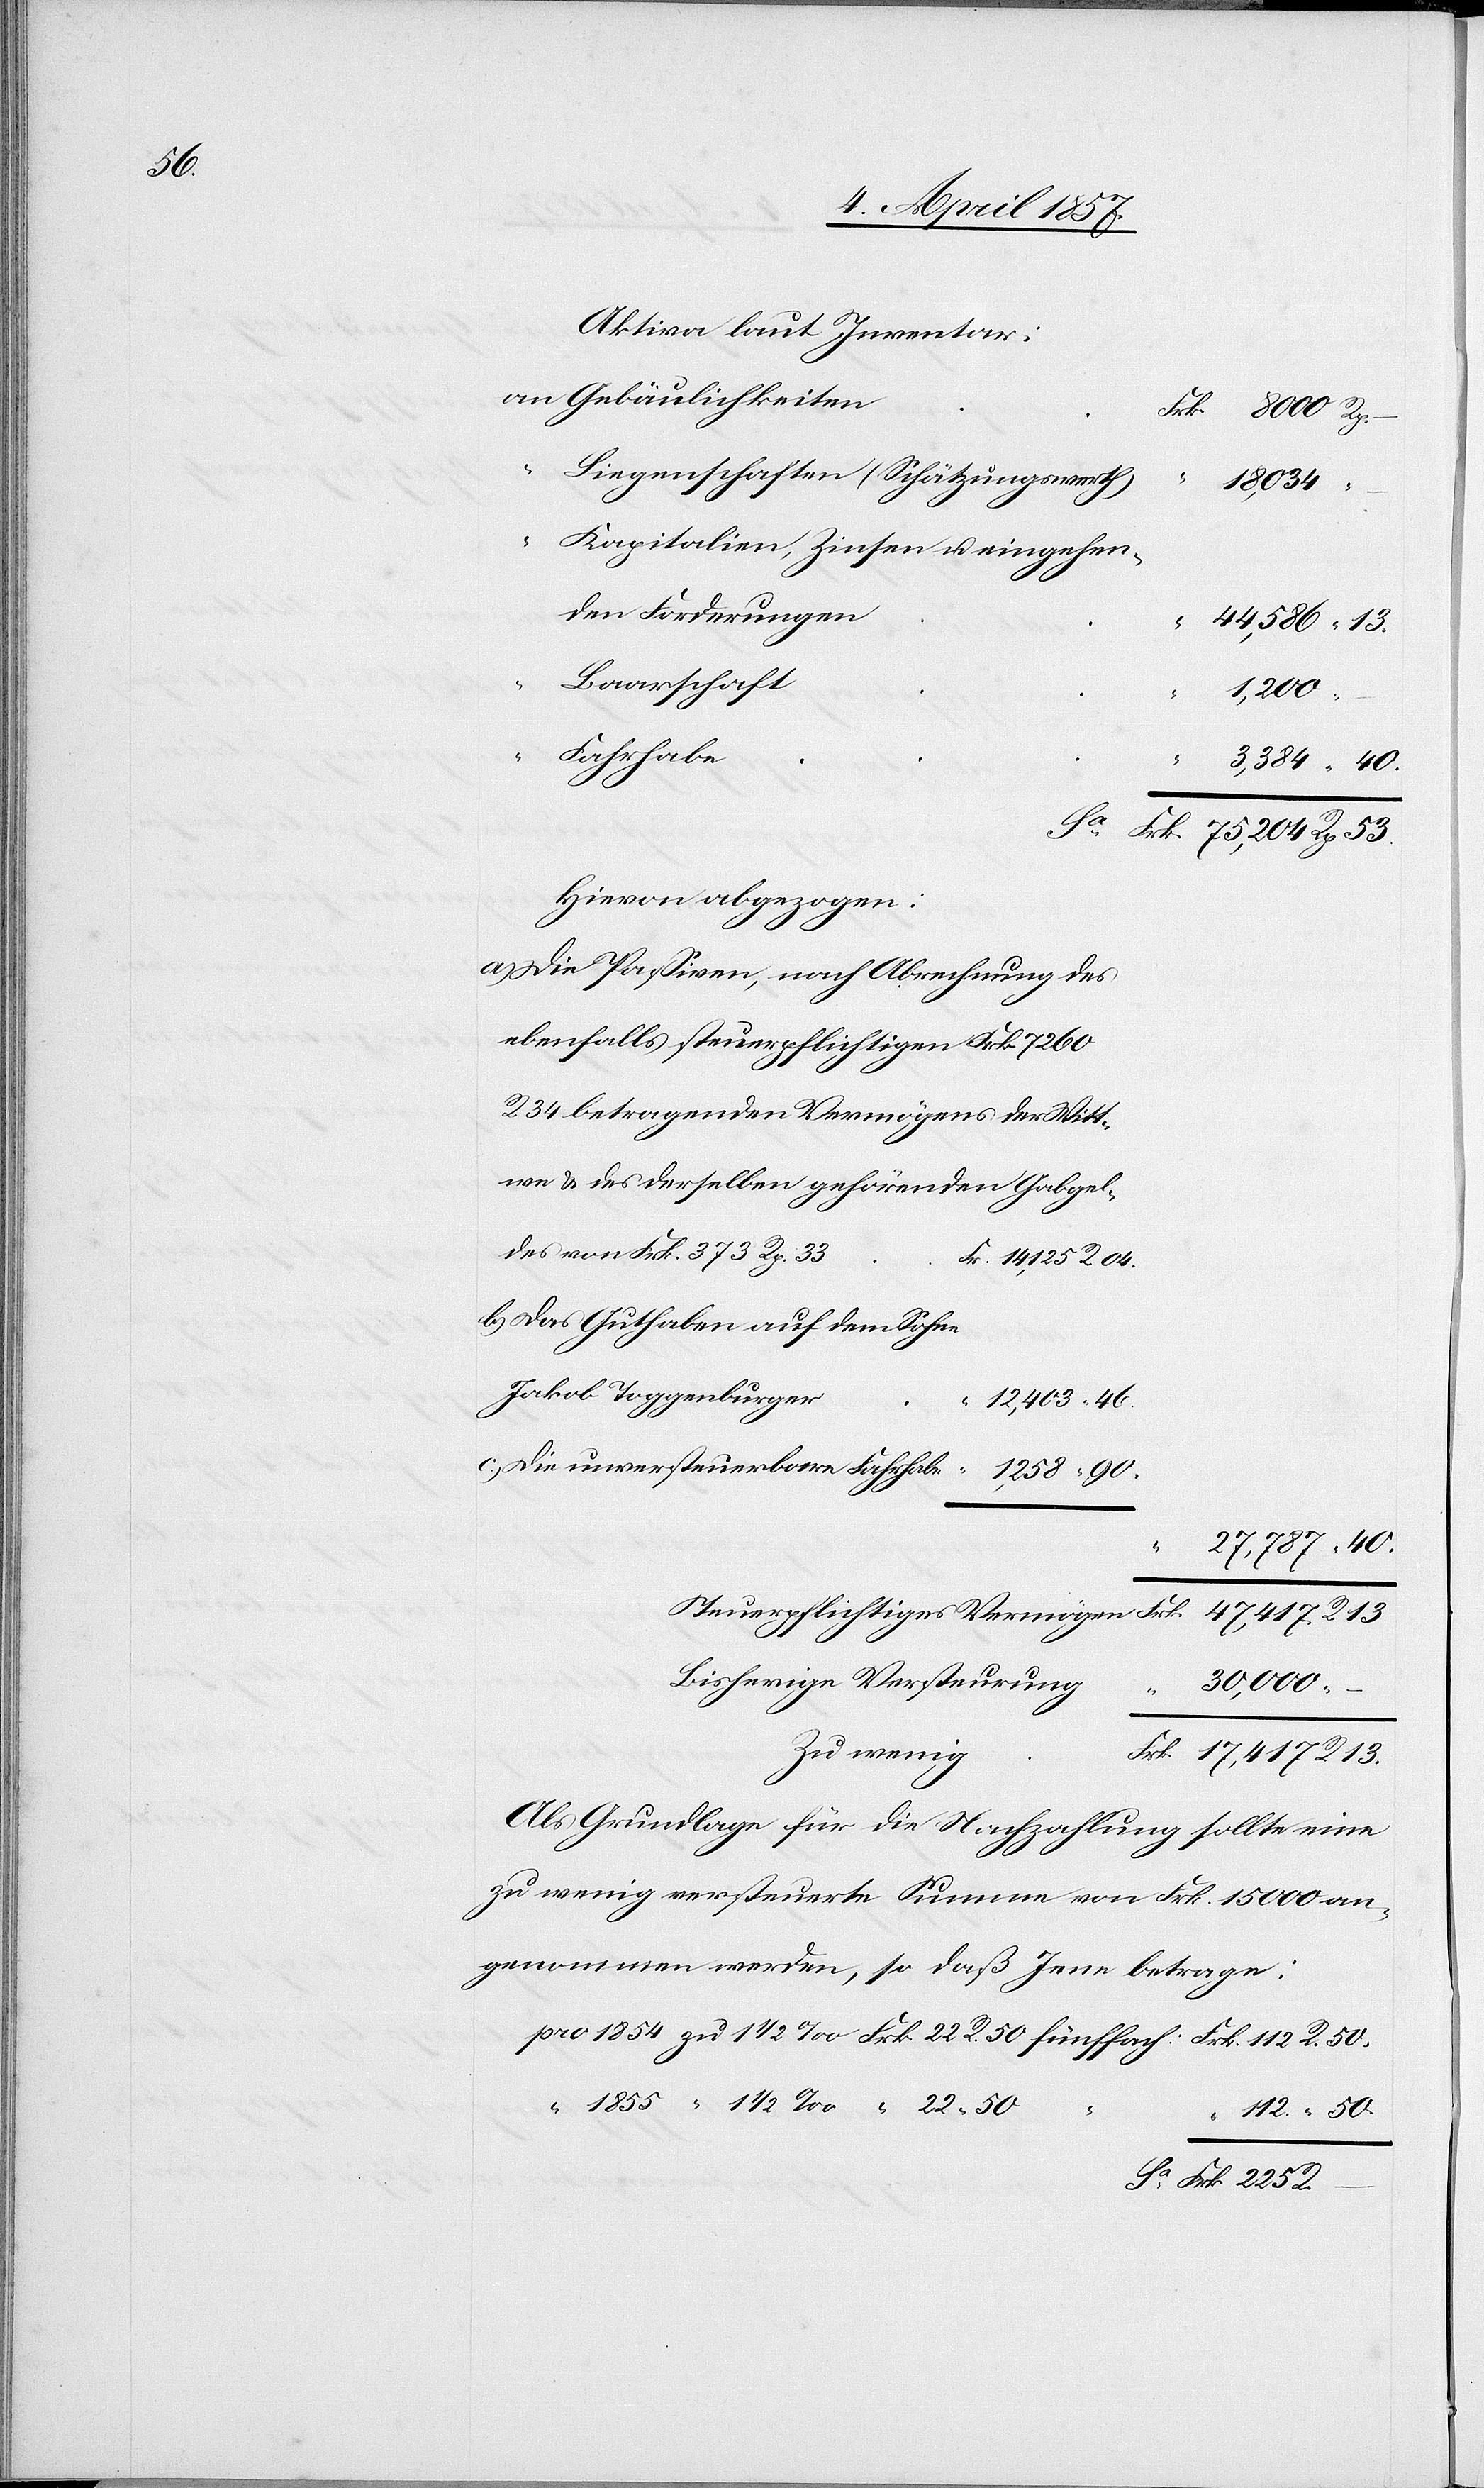
53.

Aktiva laut Inventar:
Gebäulichkeiten
Liegenschaften (Schätzungswerth)
–
112
Kapitalien, Zinsen u. eingehen¬
den Forderungen
Baarschaft
17,417
–
Fahrhabe
1
Hievon abgezogen:
a)
Die Passiven, nach Abrechnung des
ebenfalls steuerpflichtigen Frk. 7260
R. 34 betragenden Vermögens der Witt¬
we & des derselben gehörenden Gabgel¬
des von Frk. 373 Rp. 33
Frk.
Das Guthaben auf dem Sohne
Jakob Toggenburger
R.
Bisherige Versteurung
30,000
Vermögen
Zu wenig
Als Grundlage für die Nachzahlung sollte eine
zu wenig versteuerte Summe von Frk. 15 000 an¬
genommen werden, so daß Jene betrage: